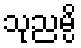
သုညမ္ပိ